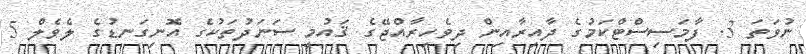
ނުވަތަ 3. ފާމަސިސްޓްކަމުގެ ދާއިރާއިން ދިވެހިރާއްޖޭގެ ޤައުމީ ސަނަދުތަކުގެ އޮނިގަނޑުގެ ލެވެލް 5